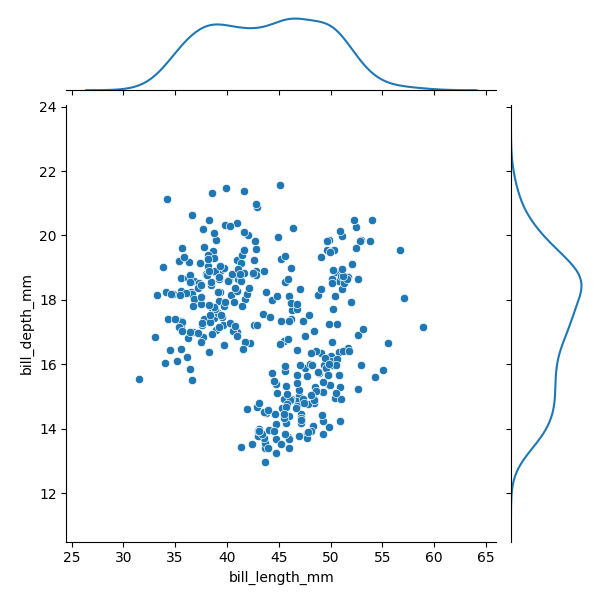
python, seaborn, JointGrid, scatterplot, kdeplot